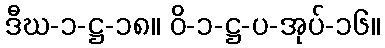
ဒီဃ-၁-ဋ္ဌ-၁၈။ ဝိ-၁-ဋ္ဌ-ပ-အုပ်-၁၆။